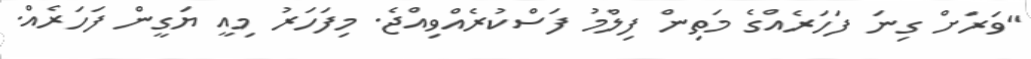
"ވަރަށް ގިނަ ފަހަރެއްގެ މަތިން ފިލްމު ފަސްކުރެއްވިއްޖެ. މިފަހަރު މިއީ ޔަގީން ފަހަރެއް.